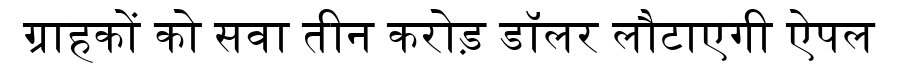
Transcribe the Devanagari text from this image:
ग्राहकों को सवा तीन करोड़ डॉलर लौटाएगी ऐपल